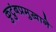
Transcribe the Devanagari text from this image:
कुटुंबप्रमुखाने